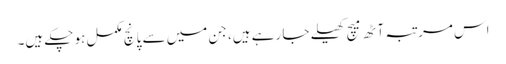
اس مرتبہ آٹھ میچ کھیلے جا رہے ہیں، جن میں سے پانچ مکمل ہو چکے ہیں۔